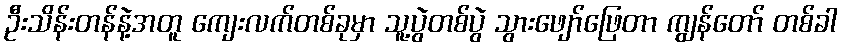
ဦးသိန်းတန်နဲ့အတူ ကျေးလက်တစ်ခုမှာ သူ့ပွဲတစ်ပွဲ သွားဖျော်ဖြေတာ ကျွန်တော် တစ်ခါ